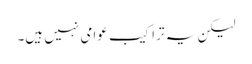
لیکن یہ تراکیب عوامی نہیں ہیں۔